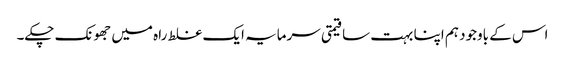
اس کے باوجود ہم اپنا بہت سا قیمتی سرمایہ ایک غلط راہ میں جھونک چکے۔